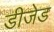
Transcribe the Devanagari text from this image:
डीजेड